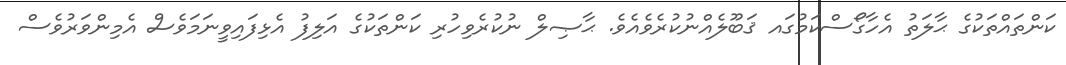
ކަންތައްތަކުގެ ޙާލަތު އެހާގޯސްކަމުގައ ޤަބޫލެއްނުކުރެވެއެވެ. ޙާޞިލް ނުކުރެވިހުރި ކަންތަކުގެ އަލިފު އެޅިފައިވީނަމަވެސް އެމިންވަރުވެސް